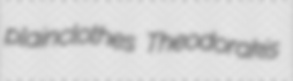
plainclothes Theodorakis